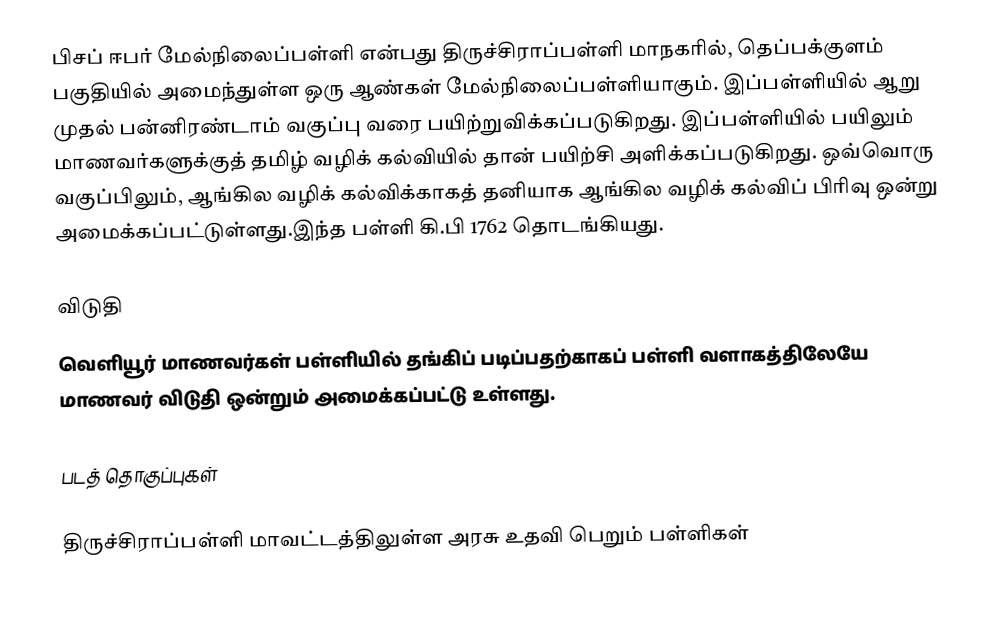
பிசப் ஈபர் மேல்நிலைப்பள்ளி என்பது திருச்சிராப்பள்ளி மாநகரில், தெப்பக்குளம் பகுதியில் அமைந்துள்ள ஒரு ஆண்கள் மேல்நிலைப்பள்ளியாகும். இப்பள்ளியில் ஆறு முதல் பன்னிரண்டாம் வகுப்பு வரை பயிற்றுவிக்கப்படுகிறது. இப்பள்ளியில் பயிலும் மாணவர்களுக்குத் தமிழ் வழிக் கல்வியில் தான் பயிற்சி அளிக்கப்படுகிறது. ஒவ்வொரு வகுப்பிலும், ஆங்கில வழிக் கல்விக்காகத் தனியாக ஆங்கில வழிக் கல்விப் பிரிவு ஒன்று அமைக்கப்பட்டுள்ளது.இந்த பள்ளி கி.பி 1762 தொடங்கியது.

விடுதி
வெளியூர் மாணவர்கள் பள்ளியில் தங்கிப் படிப்பதற்காகப் பள்ளி வளாகத்திலேயே மாணவர் விடுதி ஒன்றும் அமைக்கப்பட்டு உள்ளது.

படத் தொகுப்புகள்

திருச்சிராப்பள்ளி மாவட்டத்திலுள்ள அரசு உதவி பெறும் பள்ளிகள்